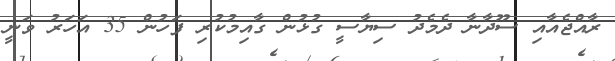
ރާއްޖެއާއި ސޫދާނާ ދެމެދު ސިޔާސީ ގުޅުން ގާއިމުކުރި ފަހުން 35 އަހަރު ވަނީ